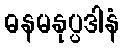
ဓနမနုပ္ပဒါနံ